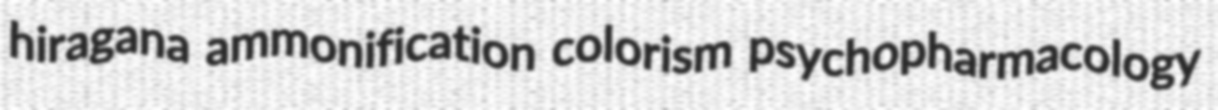
hiragana ammonification colorism psychopharmacology